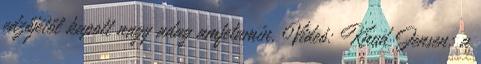
edzőjétől kapott nagy adag amfetamin. Videó: Knud Jensen: a